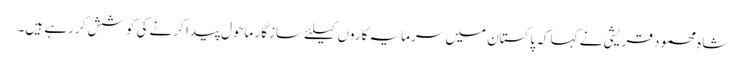
شاہ محمود قریشی نے کہا کہ پاکستان میں سرمایہ کاروں کیلئے سازگار ماحول پیدا کرنے کی کوشش کررہے ہیں۔